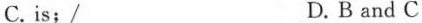
C.is;/ D.B and C